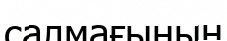
салмағының